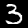
Digit: 3